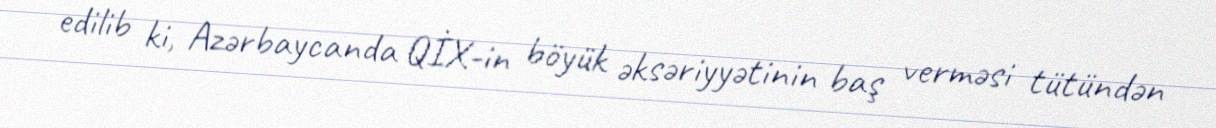
edilib ki, Azərbaycanda QİX-in böyük əksəriyyətinin baş verməsi tütündən